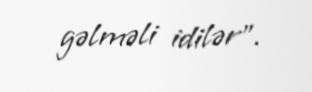
gəlməli idilər”.